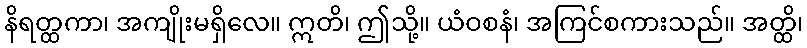
နိရတ္ထကာ၊ အကျိုးမရှိလေ။ ဣတိ၊ ဤသို့။ ယံဝစနံ၊ အကြင်စကားသည်။ အတ္ထိ၊